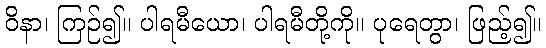
ဝိနာ၊ ကြဉ်၍။ ပါရမီယော၊ ပါရမီတို့ကို။ ပုရေတွာ၊ ဖြည့်၍။